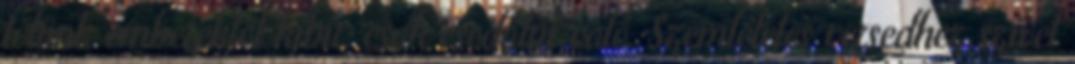
tőlünk emberektől kibír, csak csodálni való. Szemléletes versedhez szívet